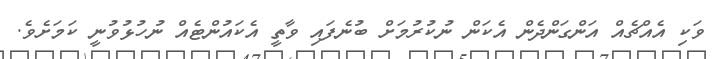
ވަކި އެއްޗެއް އަންގަންދެން އެކަން ނުކުރުމަށް ބުނެފައި ވާތީ އެކައުންޓެއް ނުހުޅުވުނީ ކަމަށެވެ.